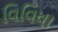
વિવિધા